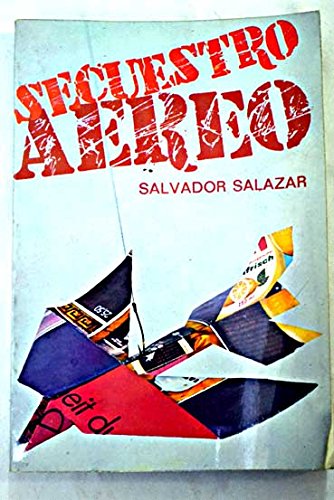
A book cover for Secuestro aereo (Libro Reportaje) (Spanish Edition); Salvador Salazar; Travel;